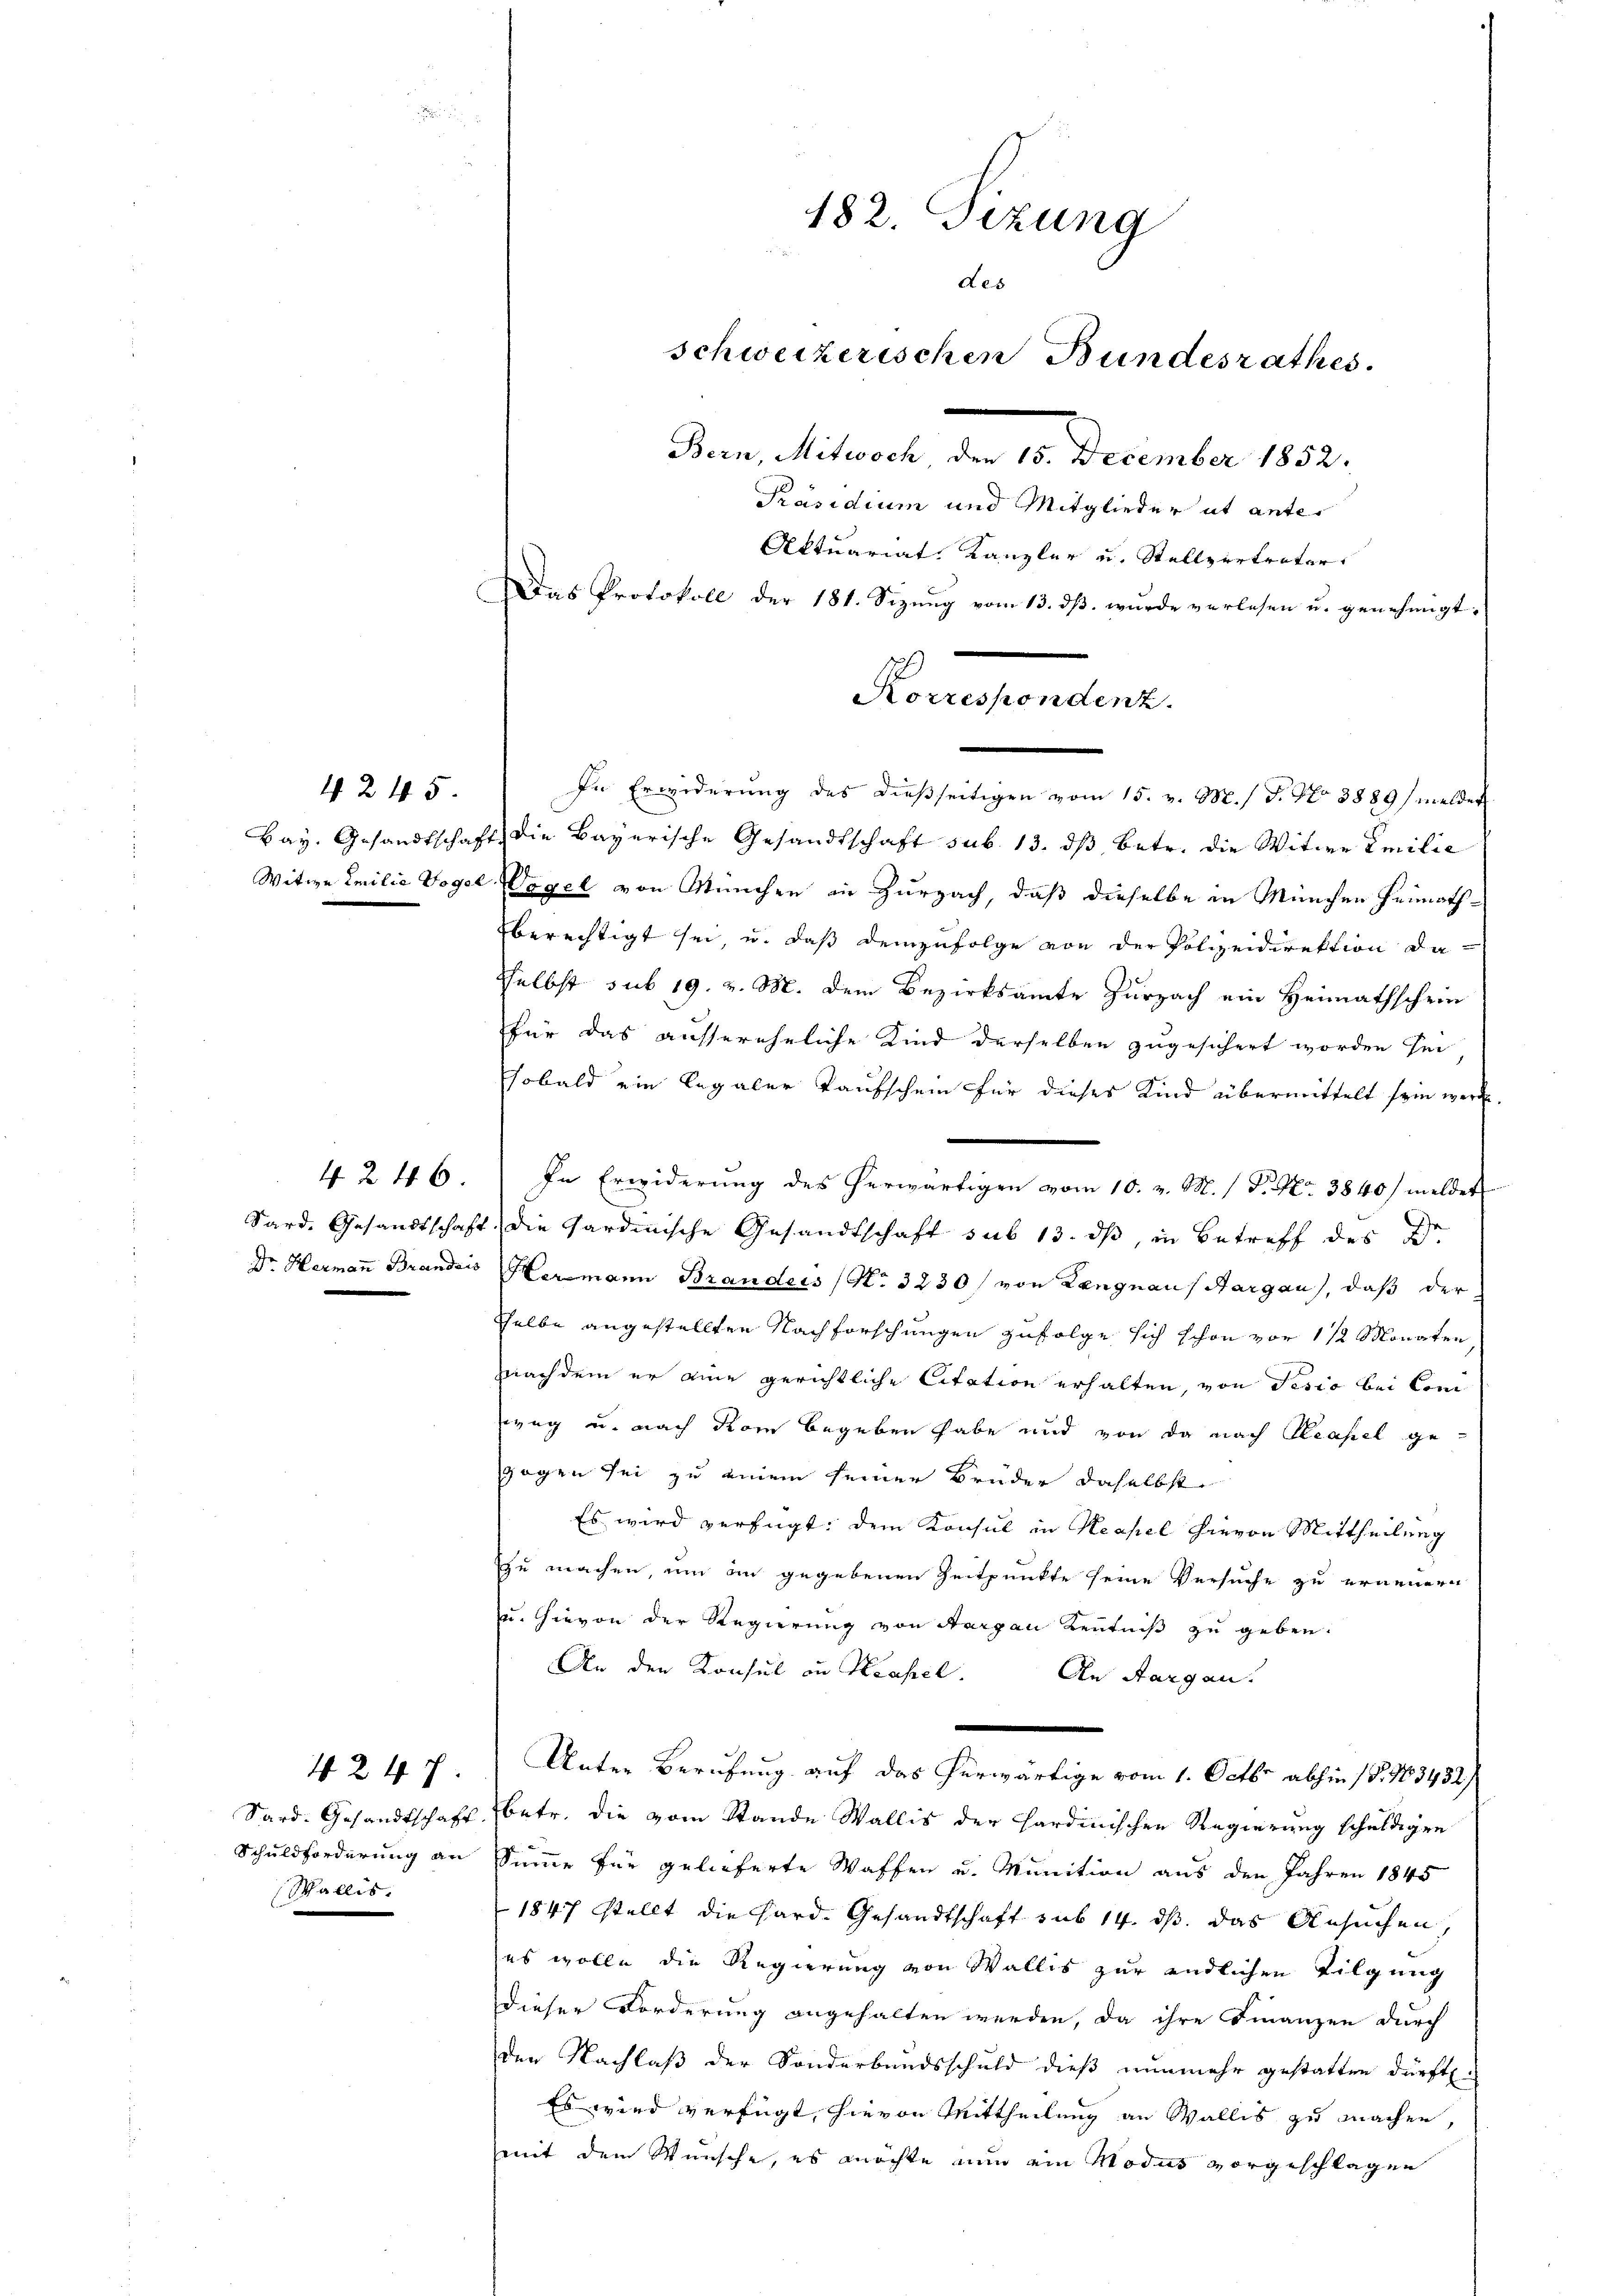
4245

4 f 4 x

Sard. Gesandtschaft
Schuldforderung an
Wallis.

4247.

In Erwiderung des dießseitigen vom 15. v. M. / 5. No 8889/ meldet
Bay. Gesandtschaft die Bayerische Gesandtschaft sub. 13. ds, betr. die Witwe Emilie
Witwe Emilie Vogel Vogel von München in Zurzach, daß dieselbe in München Heimathberechtigt sei, u. daß demzufolge von der Polizeidirektion dasselbst sub 19. v. M. dem Bezirksamte Zurzach ein Heimathschein
für das aussereheliche Kind derselben zugesichert worden sei
Esobald ein legaler Taufschein für dieses Kind übermittelt sein werde.
In Erwiderung des herwärtigen vom 10. v. M. / P. Nr. 3840/ meldet
Sard. Gesandtschaft, die Sardinische Gesandtschaft sub 13. ds, in Betreff des Er
Dr. Hermann Brandis Hermann Branders (N. 3230/ von Langnaus Aargau, daß der
selbe angestellten Nachforschungen zufolge sich schon vor 1 1/2 Monaten
hnachdem er eine gerichtliche Citation erhalten, von Pesio bei Con
weg u. nach dem begeben habe und von da nach Reapel gezogen sei zu einem seiner Brüder daselbst
Es wird verfügt: dem Konsul in Neapel hievon Mittheilung
u machen, um in gegebenen Zeitpunkte seine Versuche zu ernennern
u. Hievon der Regierung von Aargau Kenntniß zu geben.
An den Konsul in Hasel.
An Aargau.
u
Unter Berufung auf das herwärtige vom 1. Octbr. abhin (S. 163432/
betr. die vom Stande Wallis der Hardinischen Regierung schuldigen
Summe für gelieferte Waffen u. Munition aus den Jahren 1845
1847 stellt die Hard- Gesandtschaft sub 14. ds. das Ansuchen,
es wolle die Regierung von Wallis zur endlichen Tilgung
dieser Forderung angehalten werden, da ihre Finanzen durch
den Nachlaß der Sonderbandsschuld dieß nunmehr gestatten dürfte.
Es wird verfügt, hievon Mittheilung an Wallis zu machen,
mit dem Wünsche, es möchte nun ein Modus vorgeschlagen

182. Tizung
der
schweizerischen Bundesrathes.
Bern, Mitwoch, den 15. December 1852.
Präsidium und Mitglieder ut ante¬
Aktuariat Kanzler u. Stellvertreter
Das Protokoll der 181. Sizŭng vom 13. dβ. wurde verlesen u. genehmigt:
Korrespondenz.